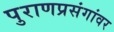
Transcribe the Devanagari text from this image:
पुराणप्रसंगांवर